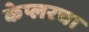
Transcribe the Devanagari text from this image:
केप्लरचा